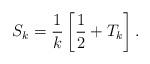
LaTeX: \begin{align*}S_k = \frac1k\left[\frac12 + T_k\right].\end{align*}